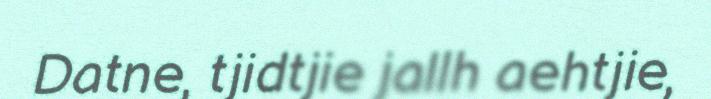
Datne, tjidtjie jallh aehtjie,